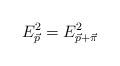
LaTeX: \begin{align*}E_{\vec{p}}^{2}=E_{\vec{p}+\vec{\pi}}^{2}\end{align*}